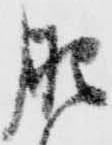
肥